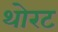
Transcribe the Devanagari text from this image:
थोरट